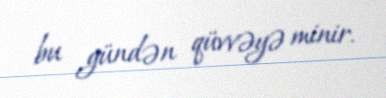
bu gündən qüvvəyə minir.